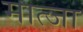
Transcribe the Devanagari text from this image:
मात्जा